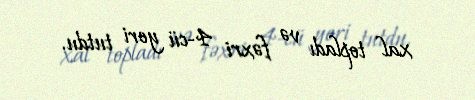
xal topladı və fəxri 4-cü yeri tutdu.